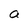
Character: a